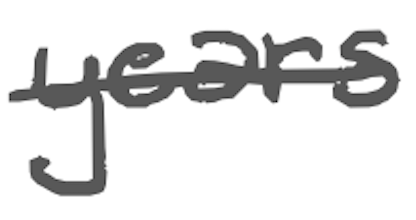
Text: years
Cross-out: single-line
Writing tool: digital_gray